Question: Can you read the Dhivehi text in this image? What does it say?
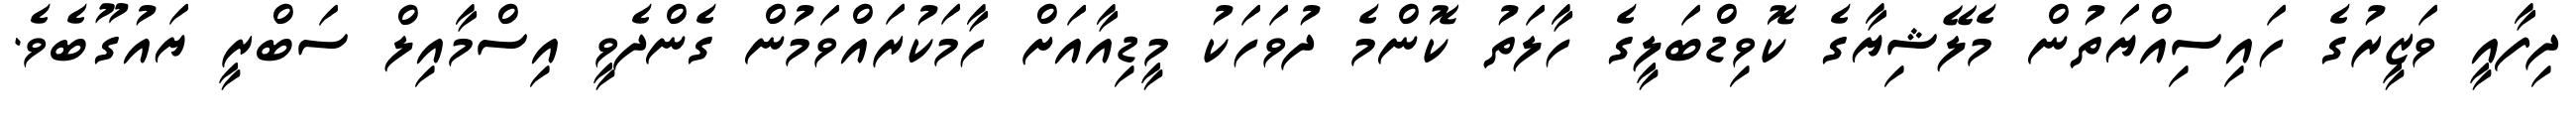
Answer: ދިފާއީ ވަޒީރުގެ ހައިސިއްޔަތުން މެލޭޝިޔާގެ ކޮވިޑްބަލީގެ ހާލަތު ކޮންމެ ދުވަހަކު މީޑިއާއަށް ހާމަކުރައްވަމުން ގެންދެވީ އިސްމާއިލް ސަބްރީ ޔައުގޫބެވެ.